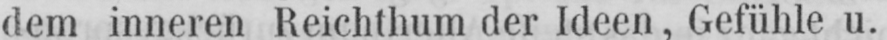
dem inneren Reichthum der Ideen, Gefühle u.